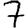
Digit: 7